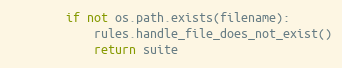
Language: Python
        if not os.path.exists(filename):
            rules.handle_file_does_not_exist()
            return suite